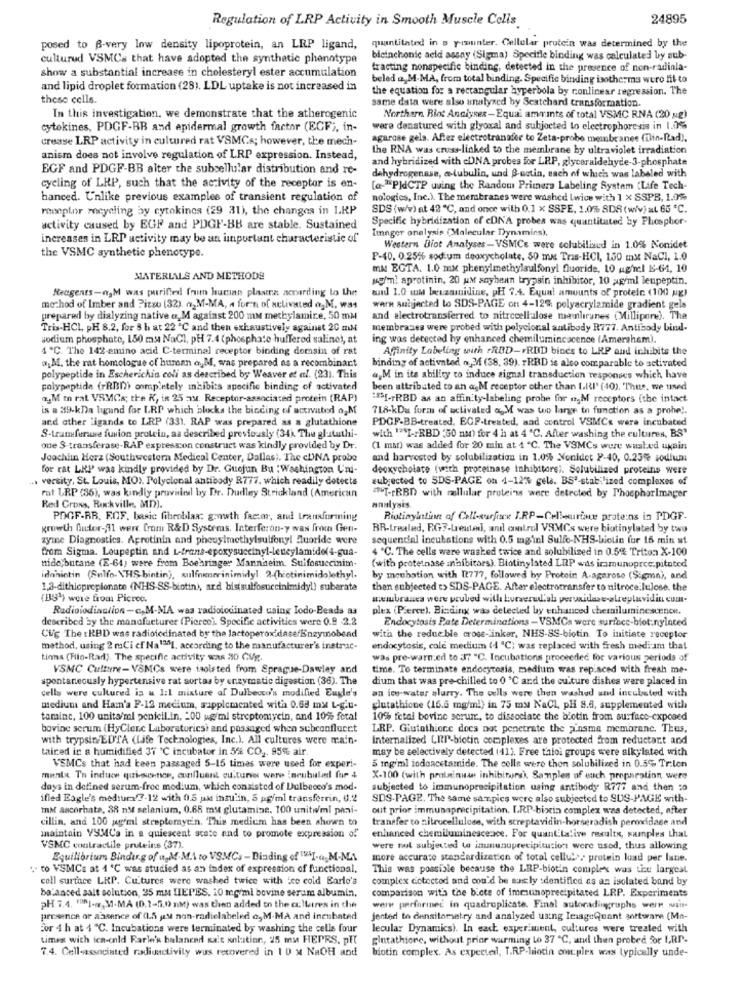
Regulation of LRP Activity in Smooth Muscle Cells
24895
posed to B-very low density lipoprotein, an LRP ligand,
quantitated in a pisunter. Cellular protein was determined by the
cultured VSMCs that have adopted the synthetic phenotype
bleinchonie aeld assay (Sigma) Specifle binding was calculated by sub-
show a substantial increase in cholesteryl ester accumulation
tracting nonspecific binding, detected in the presence of non-radinla-
beled a,M.MA, from total binding. Specific binding isotherma wero fit to
and lipid droplet formation (28). LDL uptake is not increased in
the equation for a rectangular hyperbola by conlinear regression. The
these cells.
same data were also analyzed by Seatchard transformation.
In this investigation. we demonstrate that the atherogenic
Northern Rint Analyser-Equai ammints of total VSMC RNA (20 ug)
cytokines, PDGF-BB and epidermal growth factor (ECF), in-
were denatured with glyoxal and subjected to electrophoresis in 1.06
crease LRP activity in cultured rat VSMCs; however, the mech-
agarose gela. After electrotranader to Zeta-probe membranes (in-Rad).
the RNA was cross-linked to the membrane by ultraviolet irradiation
anism does not involve regulation of LRP expression. Instead,
and hybridized with cDNA probes for LRP, glyceraldehyde-3-phosphate
EGF and PDGF-BB alter the subcellular distribution and re-
dehydrogenase, a tubulin, und B-notin, each of which was labeled with
cycling of LRP, such that the activity of the receptor is en-
[a-"PJdCTP using the Random Primers Labeling System (Life Tech-
hanced. Unlike previous examples of transient regulation of
nologies, Inc.). The membranes were washed lwice with 1 x SSPB, 1.0%
receptor recycling by cytokines (29 31), the changes in I.HP
SDS (w/w) at 42 ℃, and once with 0.1 x SSPE, 1.0% SDS ( w/v) =L 65 ℃.
Specific hybridization of cDNA probes was quantituted by Phosphor-
activity caused by EGF and PDGF-BB are stable. Sustained
Linger onelysis (Molecular Dynamics).
increases in LRP activity may be an important characteristic of
Western Biot Analyses-VSMCs were solubiliaud in 1.0% Nonidet
the VSMC synthetic phenotype.
P-40. 0.25% sodium deoxycholate, 50 mm Tras-HCI, 150 mx NaCl, 1.0
mM EGTA. 1.0 mx phenylmethylsulfonyl fluoride, 10 g/n:1 KS-64, 10
MATERIALS AND METHODE
som! aprotinin, 20 uM soybean trypsin inhibitor, 10 ag/ml leupeptin.
Reagents-n, M was purified frum human plastra according to the
wand 1.0 ww beszamnidine, pH 7.4. Equal amounts of protein (100 g)
method of Imber and Pizzo (32). ogM-MA, a for:n of activated a.M. was
warn subjected to SDS-PAGE on 4-12% polyacrylamide gradient gels
prepared by dialyzing native a, M against 200 mm methylamire, 50 mM
and electrotransferred to nitrocellulose manliranes (Millipore). The
Tris-HCL, PH 8.2, for 8 h at 22 ℃ and then exhaustively against 20 ml
membranes were probed with polyclonal antibody R777. Antibody bind-
sodium phosphate, 150 ms NaCl, pH 7.4 (phosphate hufferod saline), at
ing was detected hy enhanced chemilumincacence (Amersham).
4 ℃. The 142-amino acid C-terminal receptor binding domsin of rat
Affinity Labeling with +RBD-FRID bines to LRP and inhibits the
a.M. the rat homologue of human a.M, was prepared as a recombinant
binding of activated o 34 (38, 39). rRBD is also comparable to activated
polypeptide in Escherichia coli as described by Weaver et al. (23). This
ayM in its ability to induce signal transduction responses which have
polypeptide (PRBM) completely inhibits specific binding of activated
been attributed to an agM receptor other than L.ll' (40). Thus, we used
na,Mi rat VSMCs; the K, in 25 au. Receptor-associated protein (RAP)
:[-rRBD as an affinity-labeling probe for a,M receptors (the intact
is . 39-kDa ligand for LRP which blocks the binding of activated ogM
718-kDu form of activated & M was too large to function as a prohe !.
and other ligands to LRP (33), RAP was prepared as a glutathione
PDGF-BB-treated, ECP-treated, and control VSMCs were incubated
S-tramfuruse fusion protein, as described previously (34) The glutathi-
with 13SI -: RBD :50 nm) for 4 h at 4 ℃. After washing the cultures, BS"
one S-transferase-RAP expresscon construct was kindly provided by Dr.
(1 mar) was added for 20 min at 1 ℃. The VSMCs were washed ukain
Joachin Herz (Southwestern Medical Center, Dallas). The cUNA probe
and harvested by solubilization in 1.0% Nonidet P-40, 0.25% sodium
for rat LRP was kindly provided by Dr. Guejun Bu : Washington Uni-
deoxycholate (with proceinase inhibitors). Solubilized proteins were
.. versity, St. Louis, MO). Polyclonal antibody R777. which readily detects
subjected to SDS-PAGE on 4-12% gela. BS"-stabilized complexes of
rat LRP (36), was kindly provided by Dr. Dudley Strickland (American
"T-rRBD with cellular proteins were detected by PhosphorImager
Red Cross, Rockville, MD).
analysis
PDGF-RR. E.OF. basic fibroblas; gonwth factor, and transforming
Riotinyintinn of Call-surfiex I.RP-Cellsurface proteins in PDGF-
growth futer-31 wert from R&D Systems. Interferon-y was from Gen-
BR-Irealed, BG7-treated, and control VSMCs were biotinylated by two
zyme Diagnostics. Aprotinin and phenylmethylsulfony! fluoride were
sequendal incubations with 0.5 mginl Sullo-NHS-biotin fur 15 min ut
from Sigma. Loupeptin and L-trans-epoxysuccinyl-leneylamide(4-gua-
4 ℃. The cells were washed twice and solubilized in 0.5% Triton X-100
nido;butane (E-64) were from Boehringer Mannheim. Sulfosuccinim-
(with proteinase inhibitors). Biotinylated LRP was immunoprce.pitated
idahintin (Sulfo-\HIS bintin), sulfnumerinimidyl 2-(hotinimidolethyl.
by moubation with [2777, followed by Protein A-agarose (Sigma), and
1.2-dithiopropionate (NHS-SS-biotin), ard bistsulfosuccinimidyl) suberate
then subjected t> SDS-PAGE. After electrotransfer to nitrocelulose, the
(BS') were from Picroo.
aubranes were prubed with kurwerud'al pervidare-alreylavidin cum-
Radioiodinction-c.M-MA was radioiodinated using Iodo-Beads aa
plex (Pierce). Binding was detected by enhanced chemiluminescence.
described by the manufacturer (Picreo). Specific activities were 0.9 -2.2
Endocytosis Pate Determinations - VSMCs were surince-blot:nylaced
Cug The tRBD was radioicdinated by the lactoperoxidase/Enzymobead
with the redueble crose-inker, NHS-SS-biotin. To initiate receptor
method, using 2 mCi cf Na131, according to the manufacturer's instrac-
endocytosis, cole medium (4 "℃; was replaced with fresh mediam that
tinns (Filo-Rad). The specific activity was 20 CVg.
was pre-warn.ed to 37 "C. Incubations proceeded for various periods of
VSMC Culture- VSMCs were isolated from Sprague-Dawley and
time. To terminate endocytosis, medium was replaced with fresh me-
spontaneously hypertensive rat aortas by enzymatic digestion (36). The
dium that was pre-chilled to 0 ℃ and the culture dishes were placed in
cells were cultured is & 1:1 mixture of Dulbecco's modified Eugle's
an ice-water slurry. The cells were then washed und incubated with
medium and Ham'a F-12 medium, supplemented with 0.68 mM L-g.u-
glutathione (16.5 mg/ml) in 75 my NaCl, pH 8.8, supplemented with
tamine, 100 units/ml penicil.in, - 00 ug/ml streptomycin, and 10% fetal
10% fetal bovine serum, to dissociate the biotin from surface-exposed
bovine serum (HyClerc Laboratoricsi and passaged when sebconflucct
LRP. Giutathione does not penetrate the jinsma membrane. Thus,
with trypsin EDTA (Life Technologies, Inc.). All cultures were main-
Internalized LIP-biotin complexes are protected from reductant and
taiced in a humidified 37 ℃ incubator in 5% CO2. 95% air.
may be selectively detected (41). Free thiol groups were alkylated with
VEMCs that had been passaged 5-15 times were used for experi-
5 mg/ml jodoacetamide. The cells were thon solubilized in 0.5% Traten
mente To induce qui-scence, confluent culture ware incubulan for 4
X-100 (with pratainnan inhibitors), Samples of each preparation were
days in defined serum-free medium, which consisted of Dulbecco's mod.
subjected to immunoprecipitation using antibody R777 and then co
ified Eagle's medtura 7-12 with 0.5 uk insulin, 5 pg/ml transferrin, 0,2
SDS-PAGE, The same sanpics were also subjected to SUS-PAGE with-
InM ascorbate, 38 nM selenium, 0.68 my glutamine. 100 unitw/ml pani-
out prior immunaprecipitation. I.RP-bixin complex was detected, after
cillin, and 100 pg/ml streptomycin. This medicm has been shown to
transfer to nitrocellulose, with screptavidin-horseradish peroxidase and
maintain VSMCa in a quiescent state and to promote expression of"
enhanced chemiluminescence. For quantitative results, samples that
VSMC contractile proteins (37).
were not subjected to imumunuprecipitucion were used, thus allowing
Equilibrium Binding of a.M.M.A to VSMCs -Binding of 1FI-a. M.NA
more accurate standardization of total cellul>, protein kiad per lane.
.- to VSMCs at 1 '℃ was studied as an index of expression of functional,
This was possible because the LRP-biotin complex was tice largest
coll surface LRP. Cultures were washed twice with ice cold Barlo's
complex cotected and could be aus ly :dentifica as an isolated band by
balanced salt solution, 35 mm LIEPES. 10 mg/ml bovine serum albumin.
comparison with the biete of immunoprecipitated LRP. Experiments
PH 7.4. 18]-a-M-MA (0.1-5.0 nM) was then added to the cultures in the
were performed in quadruplicate. Final autoradingraphs were wiit
presence or absence of (LS jast non-radielabeled c, M-MA and incubated
jented to densitometry and analyzed using ImageQuant software (Mn-
For 4 h at 4 ℃. Incubations were terminated by washing the cells four
lecular Dynamics). In each experiment, cultures were treated with
times with icn-onld Rarle's balanend salt solution, 25 mu HEPRS. pHt
gintathione, without prior warming Lo 37 ℃, and then probed for LRP.
7.4. Cell-associated radioactivity wus recovered in 10 M NaOH and
biotin complex. As expected, T.RP-liocin omplex was typically unde-